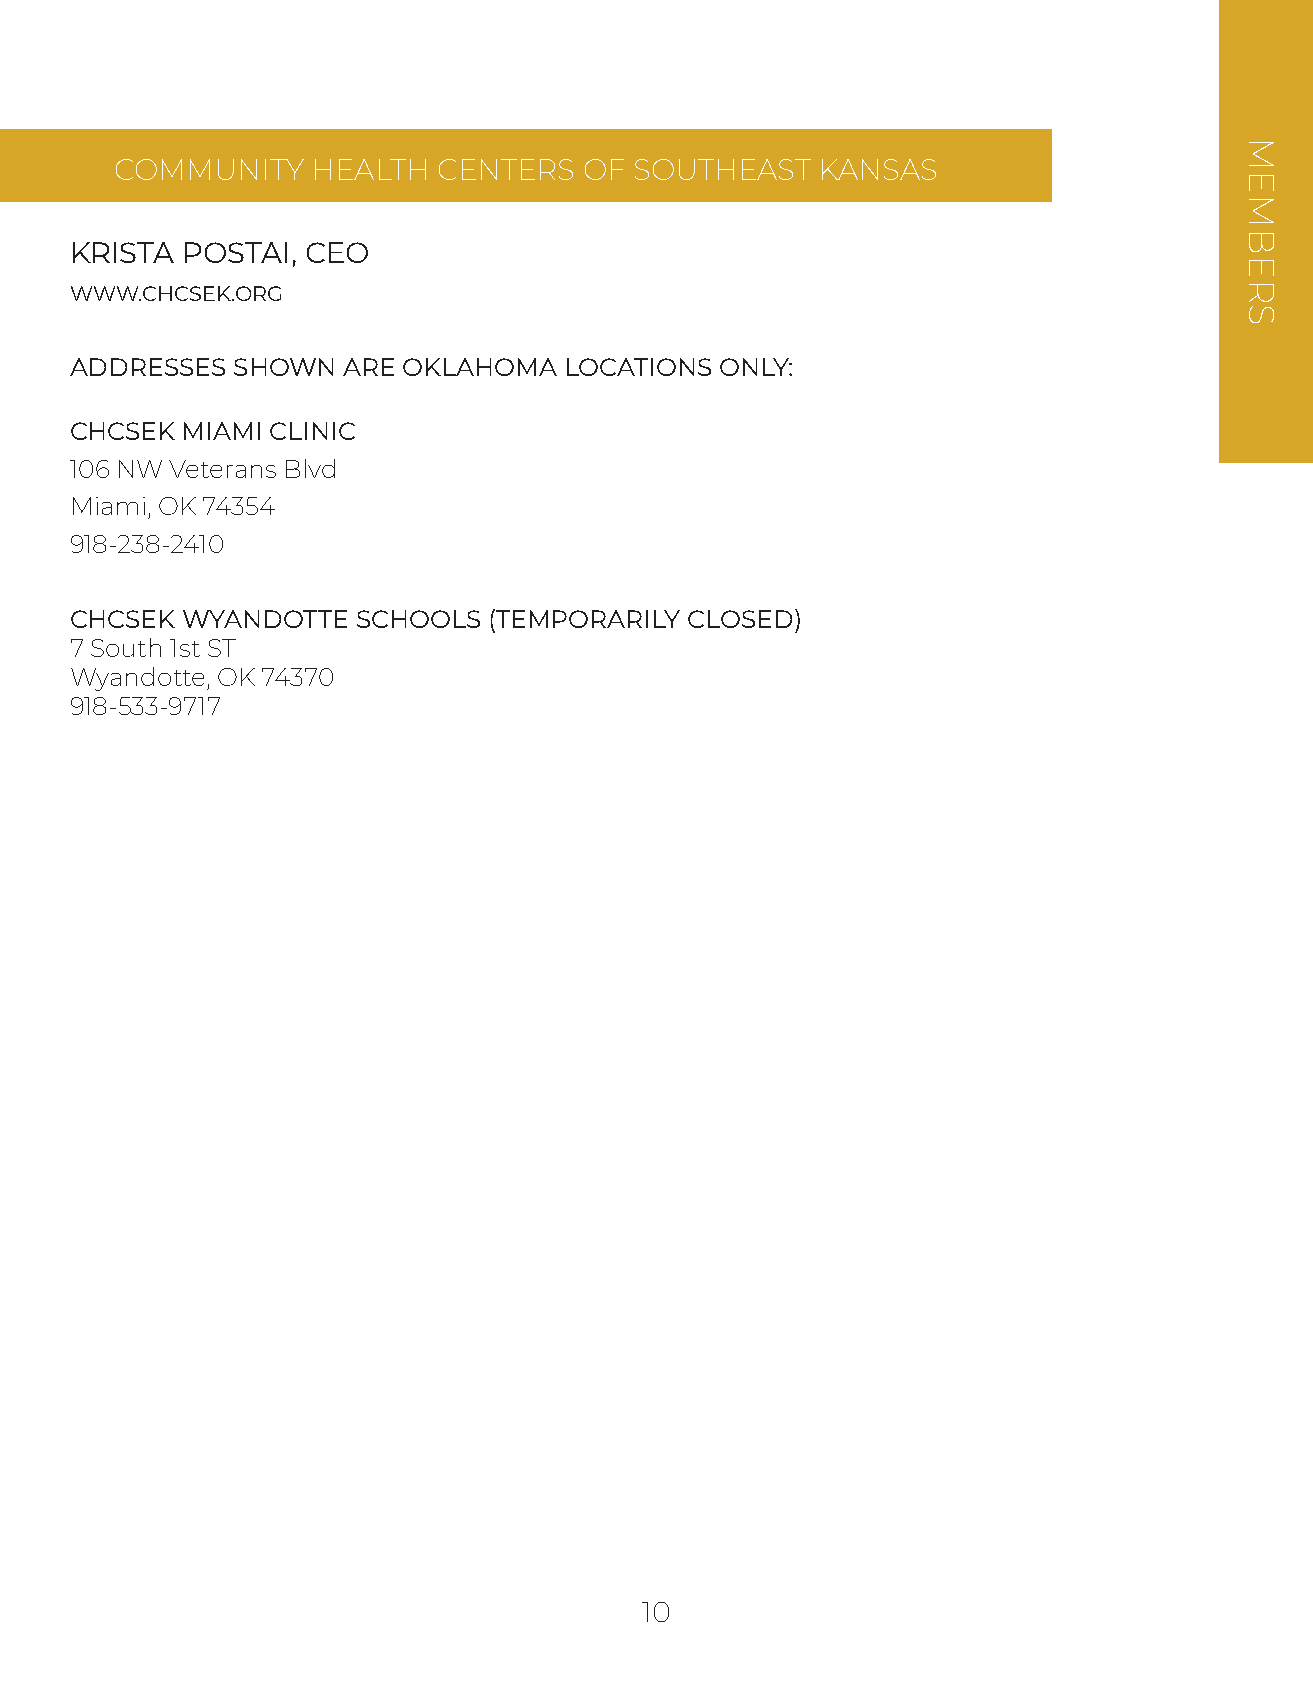
COMMUNITY    HEALTH  CENTERS   OF SOUTHEAST   KANSAS
 KRISTA POSTAI, CEO
 WWW.CHCSEK.ORG
 ADDRESSES SHOWN   ARE OKLAHOMA  LOCATIONS  ONLY:
 CHCSEK MIAMI CLINIC
 106 NW Veterans Blvd
 Miami, OK 74354
 918-238-2410
 CHCSEK WYANDOTTE   SCHOOLS (TEMPORARILY CLOSED)
 7 South 1st ST
 Wyandotte, OK 74370
 918-533-9717
 10
 MEMBERS